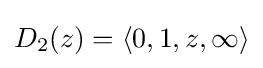
D_{2}(z)=\left\langle 0,1,z,\infty \right\rangle